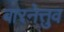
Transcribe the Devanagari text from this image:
बारनेत्तुव